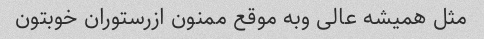
مثل همیشه عالی وبه موقع ممنون ازرستوران خوبتون